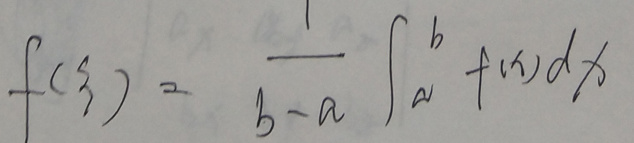
\[
f(\xi)=\frac{1}{b - a}\int_{a}^{b}f(x)dx
\]